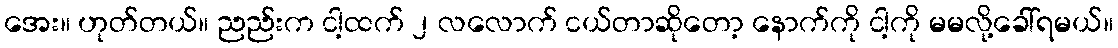
အေး။ ဟုတ်တယ်။ ညည်းက ငါ့ထက် ၂ လလောက် ငယ်တာဆိုတော့ နောက်ကို ငါ့ကို မမလို့ခေါ်ရမယ်။